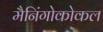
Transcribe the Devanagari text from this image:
मैनिंगोकोकल